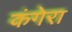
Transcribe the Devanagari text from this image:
कंगेरा